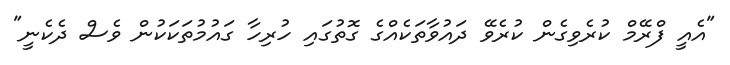
"އެއީ ފްރޭމް ކުރެވިގެން ކުރެވޭ ދައުވާތަކެއްގެ ގޮތުގައި ހުރިހާ ގައުމުތަކަކުން ވެސް ދެކެނީ"